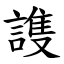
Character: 謢